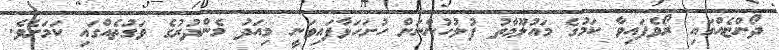
ދޯންޏެއްގައި ރޯވެފައިވާ ކަމުގެ މައުލޫމާތު ފުލުހުންނަށް ހުށަހަޅާފައިވަނީ މިއަދު މެންދުރުގެ ވަގުތެއްގައި ކަމަށެވެ.